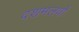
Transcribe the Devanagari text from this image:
दशमलवों